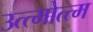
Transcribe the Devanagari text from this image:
उत्त्मोत्त्म